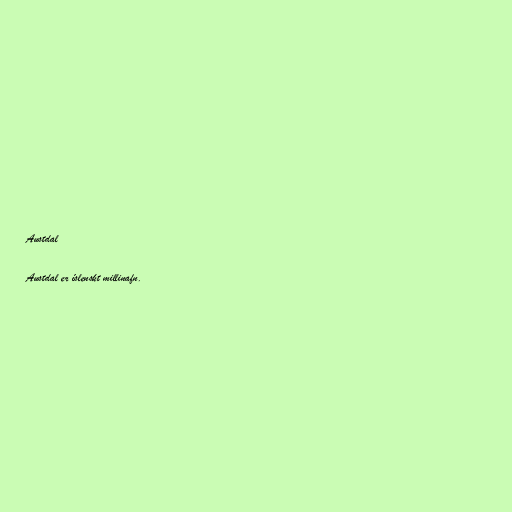
Austdal

Austdal er íslenskt millinafn.